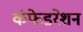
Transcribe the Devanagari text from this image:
कंफेडरेशन